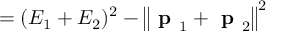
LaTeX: = ( E _ { 1 } + E _ { 2 } ) ^ { 2 } - \left\| { \textbf { p } } _ { 1 } + { \textbf { p } } _ { 2 } \right\| ^ { 2 }